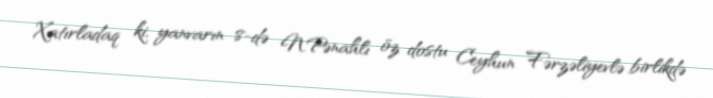
Xatırladaq ki, yanvarın 8-də N.Pənahlı öz dostu Ceyhun Fərzəliyevlə birlikdə